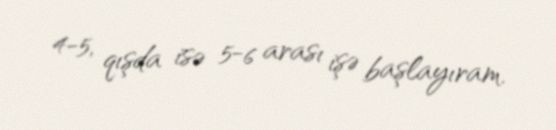
4-5, qışda isə 5-6 arası işə başlayıram.